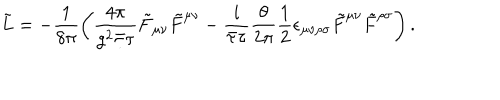
LaTeX: \tilde { L } = - \frac { 1 } { 8 \pi } \left( \frac { 4 \pi } { g ^ { 2 } \bar { \tau } \tau } \tilde { F } _ { \mu \nu } \tilde { F } ^ { \mu \nu } - \frac { i } { \bar { \tau } \tau } \frac { \theta } { 2 \pi } \frac { 1 } { 2 } \epsilon _ { \mu \nu \rho \sigma } \tilde { F } ^ { \mu \nu } \tilde { F } ^ { \rho \sigma } \right) .